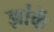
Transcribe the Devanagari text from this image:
झांकें